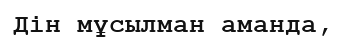
Дін мұсылман аманда,